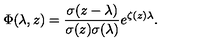
\Phi ( \lambda , z ) = \frac { \sigma ( z - \lambda ) } { \sigma ( z ) \sigma ( \lambda ) } e ^ { \zeta ( z ) \lambda } .